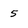
Character: 5